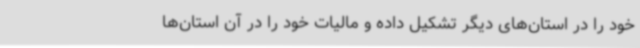
خود را در استان‌های دیگر تشکیل داده و مالیات خود را در آن استان‌ها